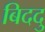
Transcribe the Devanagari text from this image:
बिददु